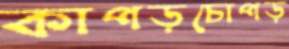
কাপড়চোপড়